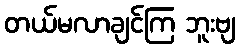
တယ်မလာချင်ကြ ဘူးဗျ